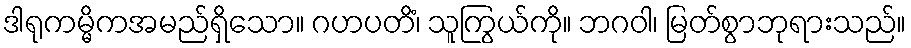
ဒါရုကမ္မိကအမည်ရှိသော။ ဂဟပတိံ၊ သူကြွယ်ကို။ ဘဂဝါ၊ မြတ်စွာဘုရားသည်။